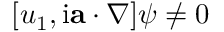
[ u _ { 1 } , \mathrm { i } \mathbf { a } \cdot \nabla ] \psi \neq 0